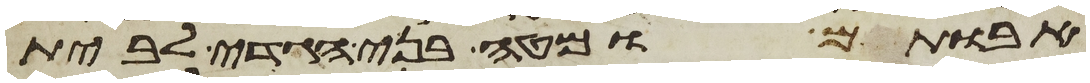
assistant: אבותם ומטה בני הגדי לבית